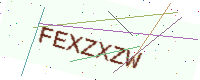
Text: FEXZXZW